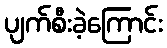
ပျက်စီးခဲ့ကြောင်း